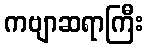
ကဗျာဆရာကြီး